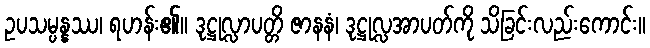
ဥပသမ္ပန္နဿ၊ ရဟန်း၏။ ဒုဋ္ဌုလ္လာပတ္တိ ဇာနနံ၊ ဒုဋ္ဌုလ္လအာပတ်ကို သိခြင်းလည်းကောင်း။